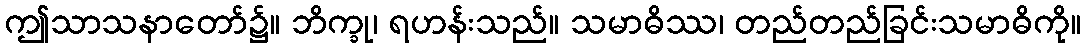
ဤသာသနာတော်၌။ ဘိက္ခု၊ ရဟန်းသည်။ သမာဓိဿ၊ တည်တည်ခြင်းသမာဓိကို။